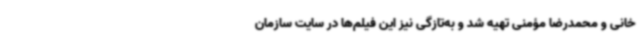
خانی و محمدرضا مؤمنی تهیه شد و به‌تازگی نیز این فیلم‌ها در سایت سازمان